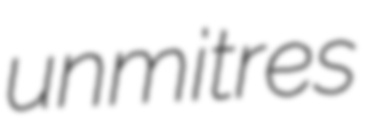
unmitres